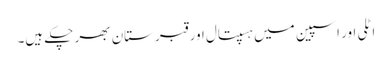
اٹلی اور اسپین میں ہسپتال اور قبرستان بھر چکے ہیں۔